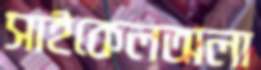
সাইকেলঅলা